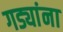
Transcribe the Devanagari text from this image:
गड्यांना